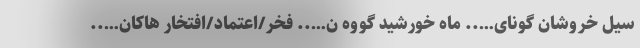
سیل خروشان گونای….. ماه خورشید گووه ن….. فخر/اعتماد/افتخار هاکان…..